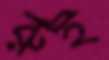
রুই